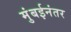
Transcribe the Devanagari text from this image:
मुंबईनंतर